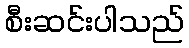
စီးဆင်းပါသည်